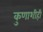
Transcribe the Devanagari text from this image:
कुणाशीही